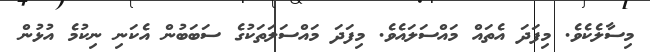
މިސާލެކެވެ. މިފަދަ އެތައް މައްސަލައެވެ. މިފަދަ މައްސަލަތަކުގެ ސަބަބުން އެކަނި ނިކުމެ އުޅުން